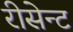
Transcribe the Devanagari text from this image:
रीसेन्ट